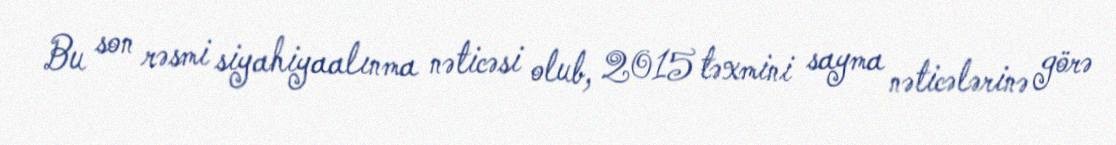
Bu son rəsmi siyahiyaalınma nəticəsi olub, 2015 təxmini sayma nəticələrinə görə